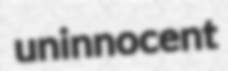
uninnocent